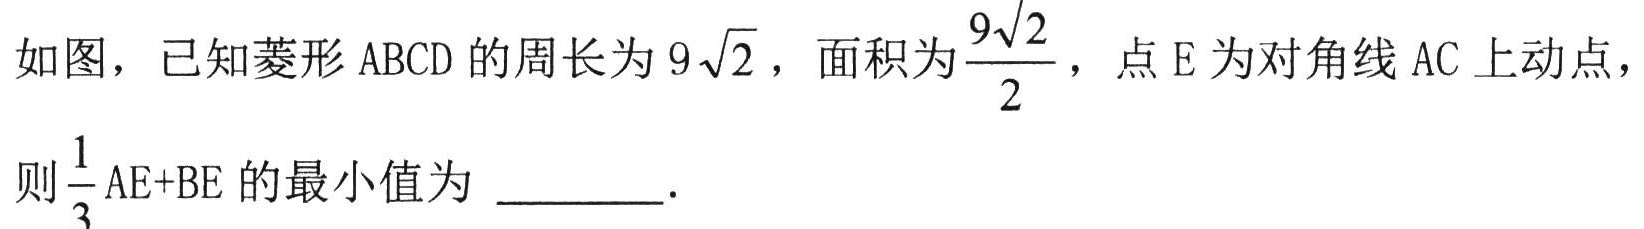
如图，已知菱形 \(ABCD\) 的周长为 \(9\sqrt{2}\)，面积为\(\frac{9\sqrt{2}}{2}\)，点 \(E\) 为对角线 \(AC\) 上动点，
则\(\frac{1}{3}AE + BE\) 的最小值为 _________.